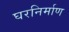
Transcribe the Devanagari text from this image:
घरनिर्माण